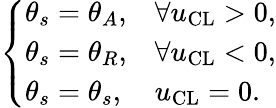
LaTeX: \left\{ \begin{array}{ll}{\theta_{s}=\theta_{A},}&{\forall u_{\mathrm{CL}}>0,}\\ {\theta_{s}=\theta_{R},}&{\forall u_{\mathrm{CL}}<0,}\\ {\theta_{s}=\theta_{s},}&{u_{\mathrm{CL}}=0.}\end{array}\right.